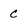
Character: c